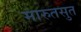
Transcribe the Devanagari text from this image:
मारुतसुत